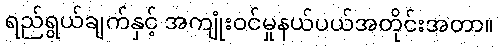
ရည်ရွယ်ချက်နှင့် အကျုံးဝင်မှုနယ်ပယ်အတိုင်းအတာ။